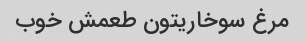
مرغ سوخاریتون طعمش خوب